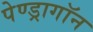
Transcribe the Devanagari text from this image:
पेण्ड्रागॉन